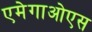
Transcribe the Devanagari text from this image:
एमेगाओएस